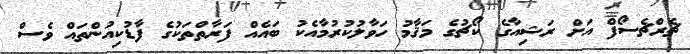
ޗެރްޗެސޯފް އަށް ރަޝިއާގެ ކޯޗުގެ މަޤާމު ހަވާލުކުރުމާއެކު ބައެއް ފަރާތްތަކުގެ ފާޑުކިއުންތައް ވެސް